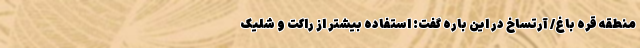
منطقه قره باغ/ آرتساخ در این باره گفت: استفاده بیشتر از راکت و شلیک